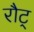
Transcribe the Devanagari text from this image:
रौट्